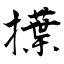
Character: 擛